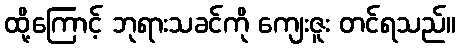
ထို့ကြောင့် ဘုရားသခင်ကို ကျေးဇူး တင်ရသည်။